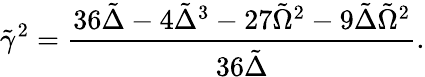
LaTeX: \tilde{\gamma}^{2}=\frac{36\tilde{\Delta}-4\tilde{\Delta}^{3}-27\tilde{\Omega}^{2}-9\tilde{\Delta}\tilde{\Omega}^{2}}{36\tilde{\Delta}}.